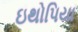
ઇથોપિયા